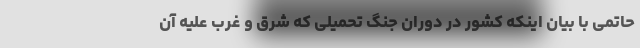
حاتمی با بیان اینکه کشور در دوران جنگ تحمیلی که شرق و غرب علیه آن